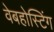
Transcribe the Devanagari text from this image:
वेबहोस्टिंग